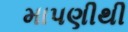
માપણીથી